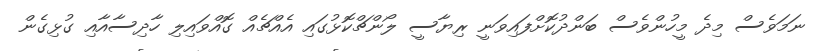
ނަމަވެސް މިދެ މީހުންވެސް ބަންދުކޮށްފައިވަނީ ރިޔާސީ ލޯންޗްކޮޅުގައި އެއްޗެއް ގޮއްވައިލި ހާދިސާއާއި ގުޅިގެން